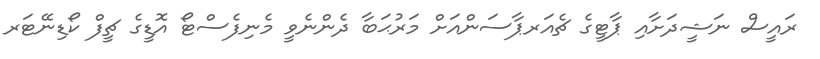
ރައީސް ނަޝީދަށާއި ޕާޓީގެ ޗެއަރޕާސަންއަށް މަރުޙަބާ ދެންނެވީ މެނިފެސްޓޯ އޮޑީގެ ޗީފް ކޯޑިނޭޓަރ